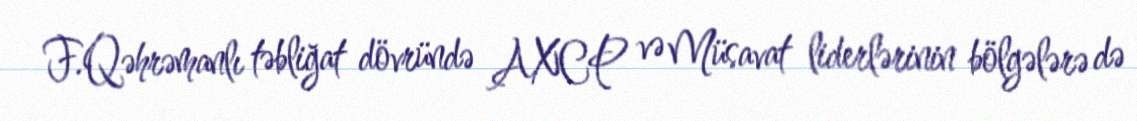
F.Qəhrəmanlı təbliğat dövründə AXCP və Müsavat liderlərinin bölgələrə də